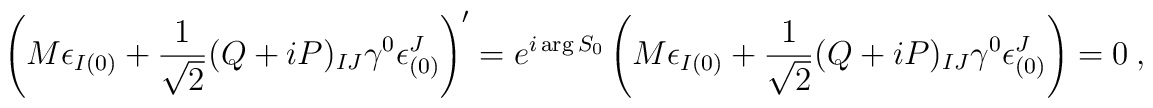
\left (M \epsilon _{I(0)} + {1\over \sqrt 2} (Q+iP)_{IJ} \gamma^0 \epsilon ^J_{(0)}\right)'  =  e^{ i \arg S_0} \left(M \epsilon _{I(0)} + {1\over \sqrt 2} (Q+iP)_{IJ} \gamma^0 \epsilon ^J_{(0)}\right) =0 \ ,